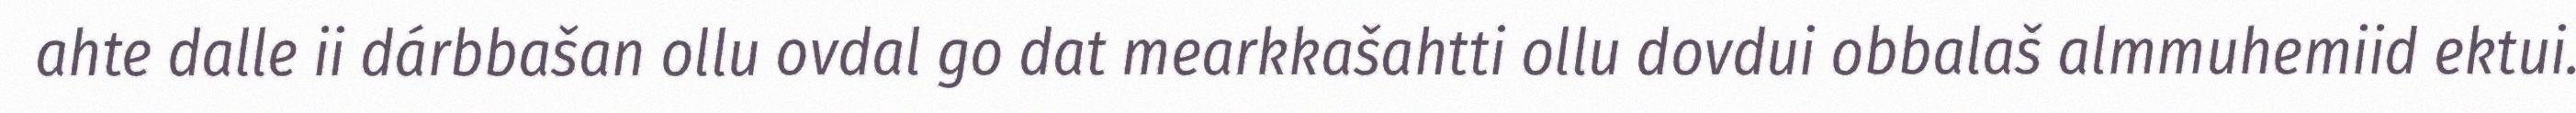
ahte dalle ii dárbbašan ollu ovdal go dat mearkkašahtti ollu dovdui obbalaš almmuhemiid ektui.